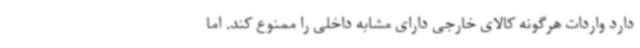
دارد واردات هرگونه کالای خارجی دارای مشابه داخلی را ممنوع کند. اما